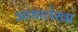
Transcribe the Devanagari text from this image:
आधालेखा